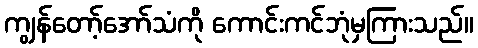
ကျွန်တော့်အော်သံကို ကောင်းကင်ဘုံမှကြားသည်။